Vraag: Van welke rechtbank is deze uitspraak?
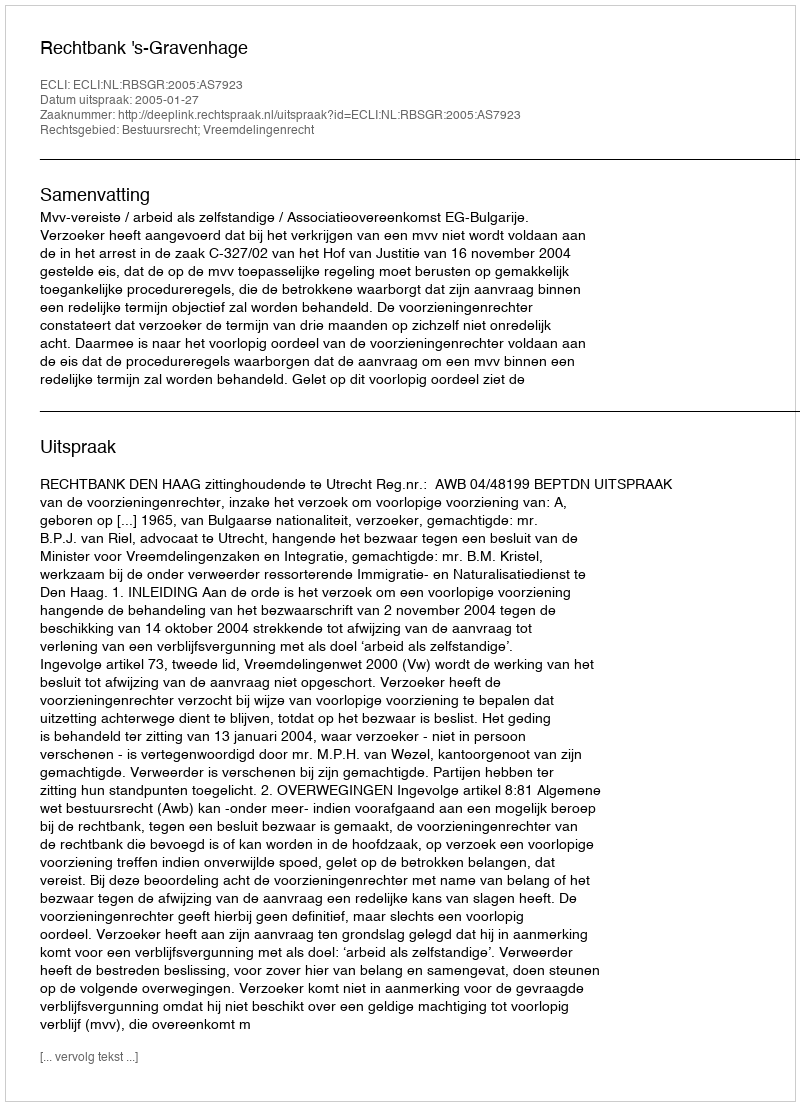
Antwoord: Rechtbank 's-Gravenhage